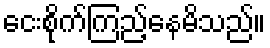
ငေးစိုက်ကြည့်နေမိသည်။